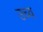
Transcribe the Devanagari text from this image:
उच्व